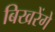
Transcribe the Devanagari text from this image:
बिखरेंगे